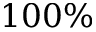
1 0 0 \%